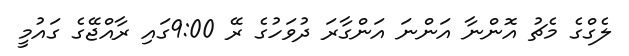
ލެގްގެ މެޗު އޮންނާ އަންނަ އަންގާރަ ދުވަހުގެ ރޭ 9:00ގައި ރާއްޖޭގެ ގައުމީ